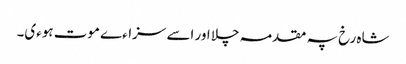
شاہ رخ پہ مقدمہ چلا اور اسے سزاءے موت ہوءی۔